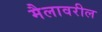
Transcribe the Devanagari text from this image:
मैलावरील